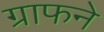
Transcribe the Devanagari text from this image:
ग्राफने